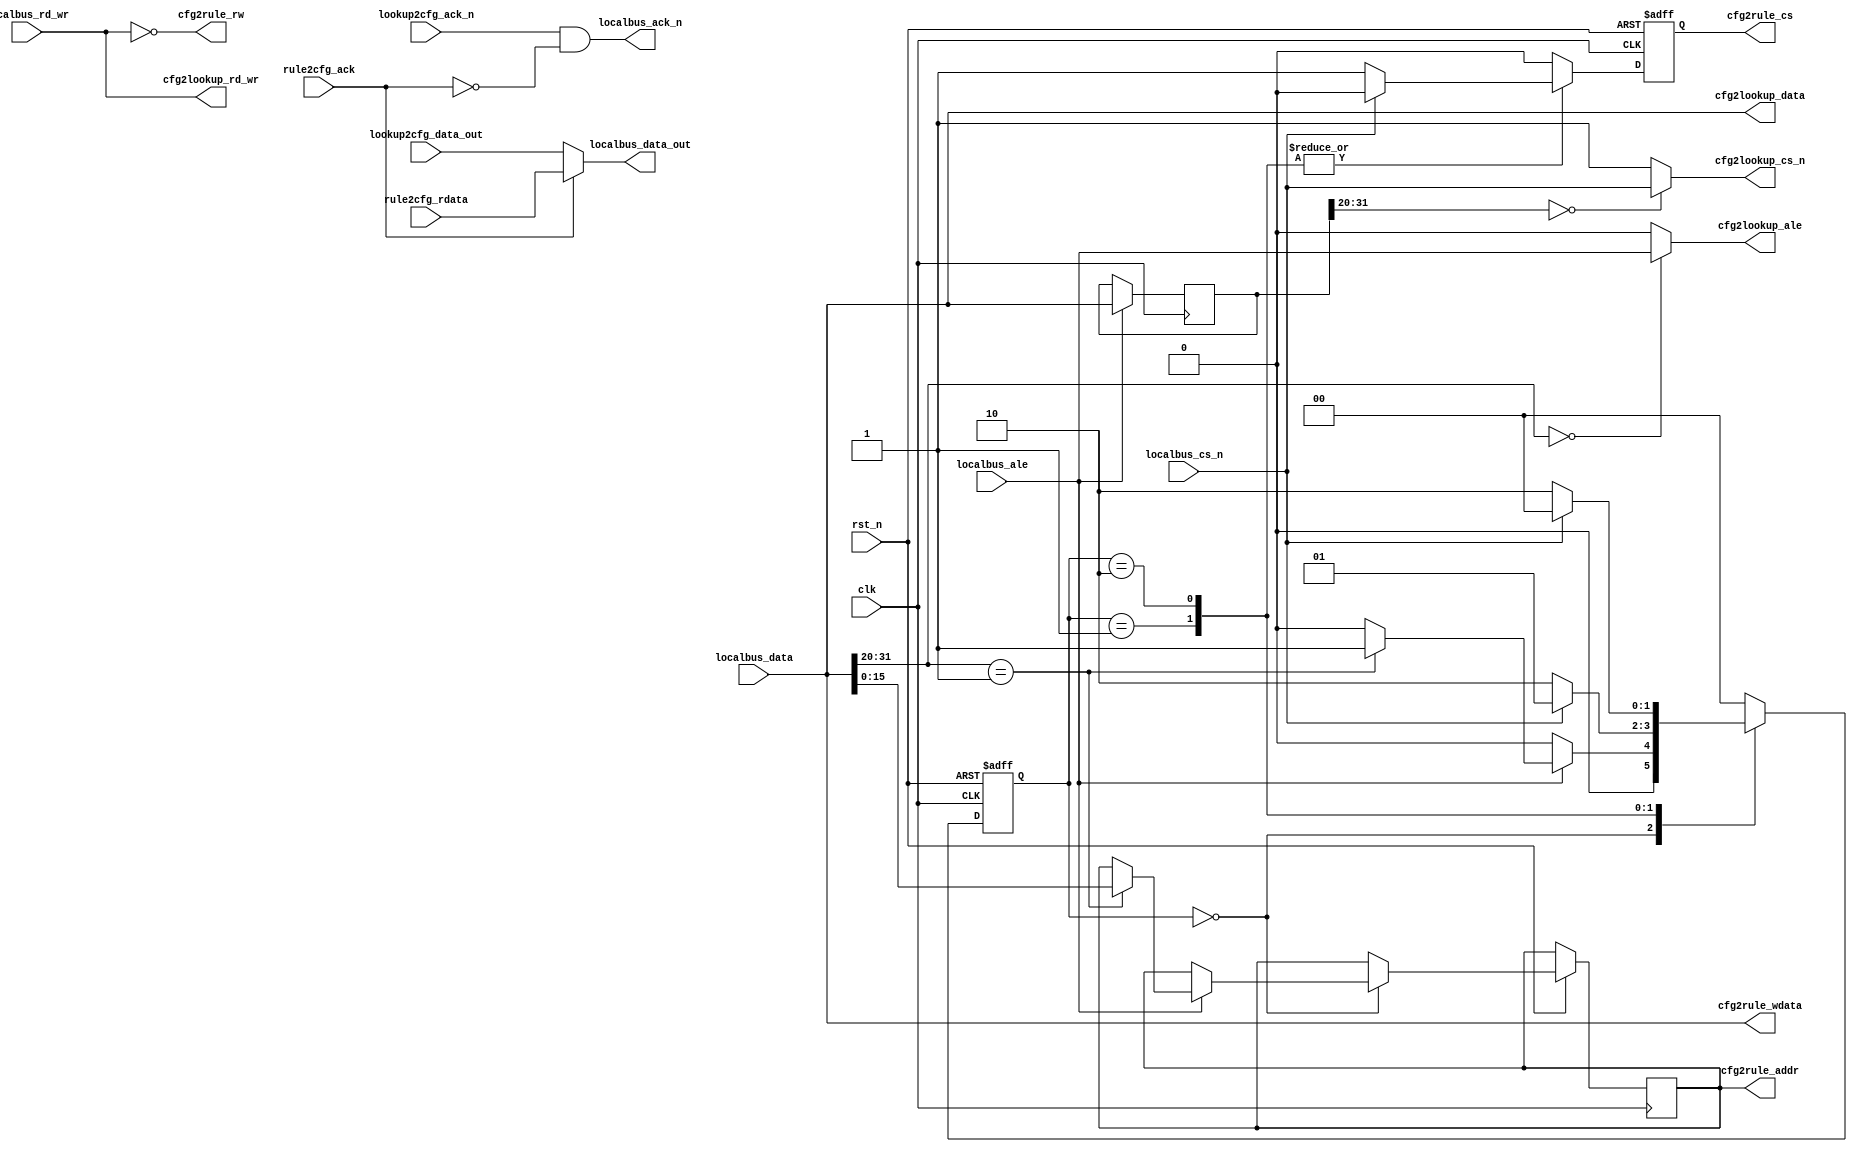
// This program was cloned from: https://github.com/FAST-Switch/fast
// License: Apache License 2.0

////////////////////////////////////////////////////////////////////////////////
// Copyright (c) 2016-2020 NUDT, Inc.  All rights reserved.
////////////////////////////////////////////////////////////////////////////////
//Vendor: NUDT
//Version: 0.1
//Target Device: Altera
//Dscription: 
//  1)parse localbus and alloct address space
//  2)
//  3)
//
//
//
//Author : 
//Revision List:
//	rn1:	date:	modifier:	description:
//	rn2:	date:	modifier:	description:
//

module user_mgmt_slave(
    input clk,
    input rst_n,
//from localbus master
    input localbus_cs_n,
    input localbus_rd_wr,//0 write 1:read
    input [31:0] localbus_data,
    input localbus_ale,
    output localbus_ack_n,
    output [31:0] localbus_data_out,
//to bv lookup
    output cfg2lookup_cs_n,
    output cfg2lookup_rd_wr,
    output [31:0] cfg2lookup_data,
    output cfg2lookup_ale,
    input lookup2cfg_ack_n,
    input [31:0] lookup2cfg_data_out, 
//to rule mgmt
    output reg cfg2rule_cs,//high active
    input rule2cfg_ack,//high active ,handshake with cfg2rule_cs
    output cfg2rule_rw,//0:read 1:write
    output reg [15:0] cfg2rule_addr,
    output [31:0] cfg2rule_wdata,
    input [31:0] rule2cfg_rdata
);
//***************************************************
//        Intermediate variable Declaration
//***************************************************
//all wire/reg/parameter variable 
//should be declare below here 

reg [1:0] ram_state;
reg [31:0] addr_latch;//latch the address when local_ale assert
//***************************************************
//                Address Allocate
//***************************************************
assign localbus_ack_n = lookup2cfg_ack_n && (~rule2cfg_ack);
assign localbus_data_out = (rule2cfg_ack == 1'b1) ? rule2cfg_rdata : lookup2cfg_data_out;
//*******************
//  Lookup Allocate
//*******************
always @(posedge clk) begin
    if(localbus_ale == 1'b1) begin
        addr_latch <= cfg2lookup_data;
    end
    else begin
        addr_latch <= addr_latch;
    end
end

//tell lzn add address space judge logic in his module
assign cfg2lookup_cs_n = (addr_latch[31:20] == 12'd0) ? localbus_cs_n : 1'b1;
assign cfg2lookup_rd_wr = localbus_rd_wr;
assign cfg2lookup_data = localbus_data;
assign cfg2lookup_ale = (cfg2lookup_data[31:20] == 12'd0) ? localbus_ale : 1'b0;


//*******************
//  Ram Allocate
//*******************
assign cfg2rule_rw = ~localbus_rd_wr;
assign cfg2rule_wdata = localbus_data;


localparam  IDLE_S = 2'd0,
            SEND_S = 2'd1,
            RELEASE_S = 2'd2;
            
always @(posedge clk or negedge rst_n) begin
    if(rst_n == 1'b0) begin
        cfg2rule_cs <= 1'b0;
        ram_state <= IDLE_S;
    end
    else begin
        case(ram_state)
            IDLE_S: begin
                cfg2rule_cs <= 1'b0;
                if(localbus_ale == 1'b1) begin
                    if(localbus_data[31:20] == 12'd1) begin//ram address space
                        cfg2rule_addr <= localbus_data[15:0];
                        ram_state <= SEND_S;
                    end
                    else begin
                        ram_state <= IDLE_S;
                    end
                end
                else begin
                    ram_state <= IDLE_S;
                end
            end
            
            SEND_S: begin//wait cfg data
                if(localbus_cs_n == 1'b0) begin
                    cfg2rule_cs <= 1'b1;
                    ram_state <= RELEASE_S;
                end
                else begin
                    cfg2rule_cs <= 1'b0;
                    ram_state <= SEND_S;
                end
            end
            
            RELEASE_S: begin//wait localbus cs&ack handshake over
                if(localbus_cs_n == 1'b0) begin
                    cfg2rule_cs <= 1'b1;
                    ram_state <= RELEASE_S;
                end
                else begin
                    cfg2rule_cs <= 1'b0;
                    ram_state <= IDLE_S;
                end
            end
            
            default: begin
                cfg2rule_cs <= 1'b0;
                ram_state <= IDLE_S;
            end
        endcase
    end
end
      
endmodule

/**********************************
            Initial Inst
      
user_mgmt_slave user_mgmt_slave(
.clk(),
.rst_n(),
//from localbus master
.localbus_cs_n(),
.localbus_rd_wr(),//0 write 1:read
.localbus_data(),
.localbus_ale(),
.localbus_ack_n(),
.localbus_data_out(),
//to bv lookup
.cfg2lookup_cs_n(),
.cfg2lookup_rd_wr(),
.cfg2lookup_data(),
.cfg2lookup_ale(),
.lookup2cfg_ack_n(),
.lookup2cfg_data_out(), 
//to rule mgmt
.cfg2rule_cs(),//high active
.rule2cfg_ack(),//high active,handshake with cfg2rule_cs
.cfg2rule_rw(),//0:read 1:write
.cfg2rule_addr(),
.cfg2rule_wdata(),
.rule2cfg_rdata()
);
**********************************/